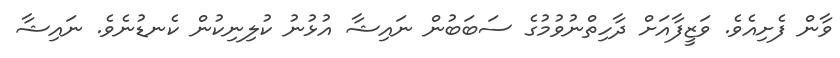
ވާން ފެށިއެވެ. ވަޒީފާއަށް ދާހިތްނުވުމުގެ ސަބަބުން ނައިޝާ އުޅުނު ކުލިނިކުން ކެނޑުނެވެ. ނައިޝާ